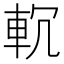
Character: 𨊶